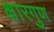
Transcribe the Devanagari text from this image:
क्षारगुण